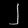
Digit: ၂